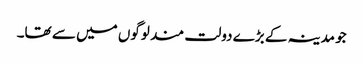
جو مدینہ کے بڑے دولت مند لوگوں میں سے تھا۔